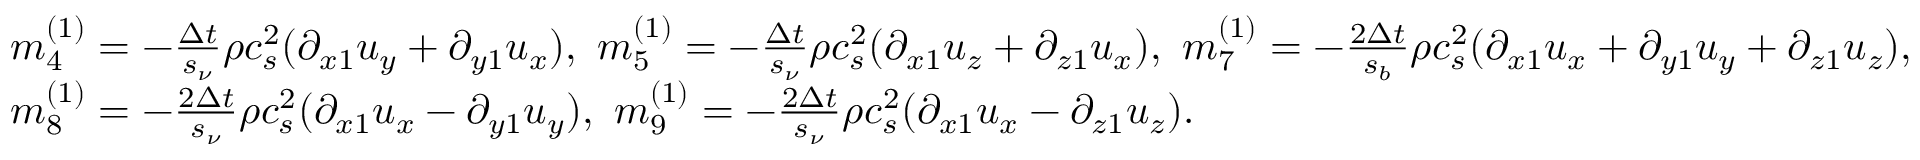
\begin{array} { l } { m _ { 4 } ^ { ( 1 ) } = - \frac { { \Delta t } } { { { s _ { \nu } } } } \rho c _ { s } ^ { 2 } ( { \partial _ { x 1 } } { u _ { y } } + { \partial _ { y 1 } } { u _ { x } } ) , ~ m _ { 5 } ^ { ( 1 ) } = - \frac { { \Delta t } } { { { s _ { \nu } } } } \rho c _ { s } ^ { 2 } ( { \partial _ { x 1 } } { u _ { z } } + { \partial _ { z 1 } } { u _ { x } } ) , ~ m _ { 7 } ^ { ( 1 ) } = - \frac { { 2 \Delta t } } { { { s _ { b } } } } \rho c _ { s } ^ { 2 } ( { \partial _ { x 1 } } { u _ { x } } + { \partial _ { y 1 } } { u _ { y } } + { \partial _ { z 1 } } { u _ { z } } ) , } \\ { m _ { 8 } ^ { ( 1 ) } = - \frac { { 2 \Delta t } } { { { s _ { \nu } } } } \rho c _ { s } ^ { 2 } ( { \partial _ { x 1 } } { u _ { x } } - { \partial _ { y 1 } } { u _ { y } } ) , ~ m _ { 9 } ^ { ( 1 ) } = - \frac { { 2 \Delta t } } { { { s _ { \nu } } } } \rho c _ { s } ^ { 2 } ( { \partial _ { x 1 } } { u _ { x } } - { \partial _ { z 1 } } { u _ { z } } ) . } \end{array}